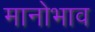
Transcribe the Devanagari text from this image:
मानोभाव